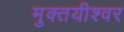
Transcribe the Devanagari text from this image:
मुक्तयीश्वर